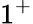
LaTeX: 1^{+}